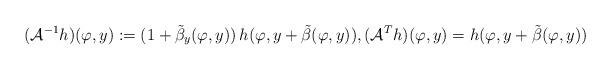
LaTeX: \begin{align*}(\mathcal{A}^{-1} h)(\varphi, y):=(1+\tilde{\beta}_y (\varphi, y))\,h(\varphi, y+\tilde{\beta}(\varphi, y)), (\mathcal{A}^T h)(\varphi, y)=h(\varphi, y+\tilde{\beta}(\varphi, y))\end{align*}